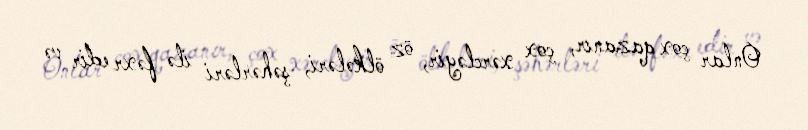
Onlar çox qazanır, çox xərcləyir, öz ölkələri, şəhərləri ilə fəxr edir və